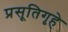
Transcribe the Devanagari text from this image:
प्रसूतिगृहे